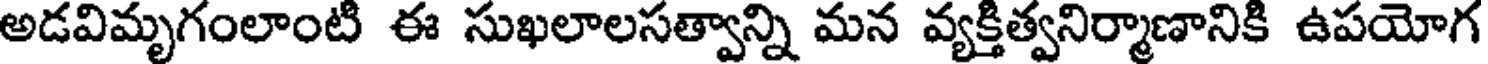
అడవిమృగంలాంటి ఈ సుఖలాలసత్వాన్ని మన వ్యక్తిత్వనిర్మాణానికి ఉపయోగ